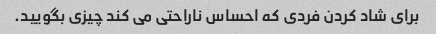
برای شاد کردن فردی که احساس ناراحتی می کند چیزی بگویید.